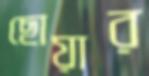
ছোয়ার